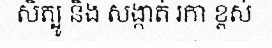
សិត្បូ និង សង្កាត់ រកា ខ្ពស់